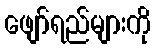
ဖျော်ရည်များကို